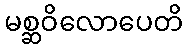
မစ္ဆဝိလောပေတိ